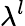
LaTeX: \lambda^{l}